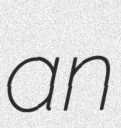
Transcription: an